Annual administration and progress report of the Indian Medical Department, Bombay
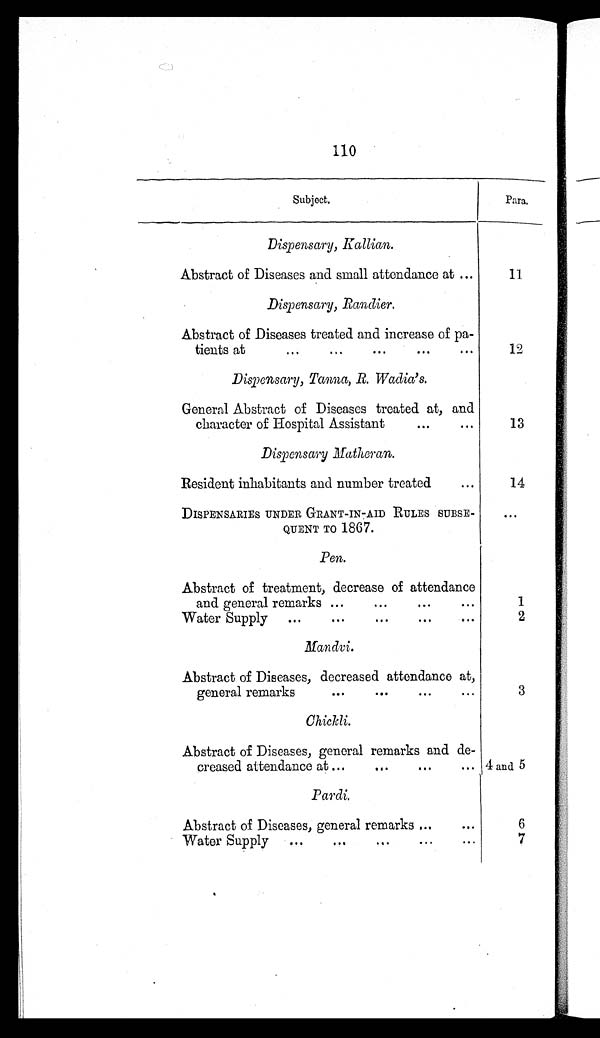
110
Subject.
Para.
Dispensary, Kallian.
Abstract of Diseases and small attendance at ...
11
Dispensary, Randier.
Abstract of Diseases treated and increase of pa
-
tients at
...
...
...
...
. . .
1 2
Dispensary, Tanna, R. Wadia's.
General Abstract of Diseases treated at, and
character of Hospital Assistant
...
. . .
13
Dispensary Matheran.
Resident inhabitants and number treated
...
1 4
DISPENSARIES UNDER GRANT-IN-AID RULES SUBSE-
QUENT TO 1867.
. . .
Pen.
Abstract of treatment, decrease of attendance
and general remarks ...
...
...
...
1
Water Supply ...
...
. . . ... ...
2
Mandvi.
Abstract of Diseases, decreased attendance at,
general remarks
...
...
...
...
3
Chickli.
Abstract of Diseases, general remarks and de-
creased attendance at ...
... ... ... 4 and 5
Pardi.
6
Abstract of Diseases, general remarks ...
...
Water Supply
...
...
...
. . .
7